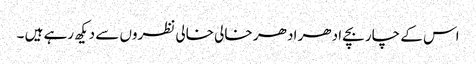
اس کے چار بچے ادھر اد ھر خالی خالی نظروں سے دیکھ رہے ہیں ۔